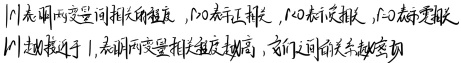
用相关变量间相关的程度来衡量，其中 \(r>0\) 表示正相关，\(r<0\) 表示负相关，\(|r|\) 表示相关性。\(|r|\) 越接近于 \(1\)，表明两变量相关程度越高，它们之间的关系越密切。